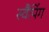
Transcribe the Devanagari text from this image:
स्वैपिंग